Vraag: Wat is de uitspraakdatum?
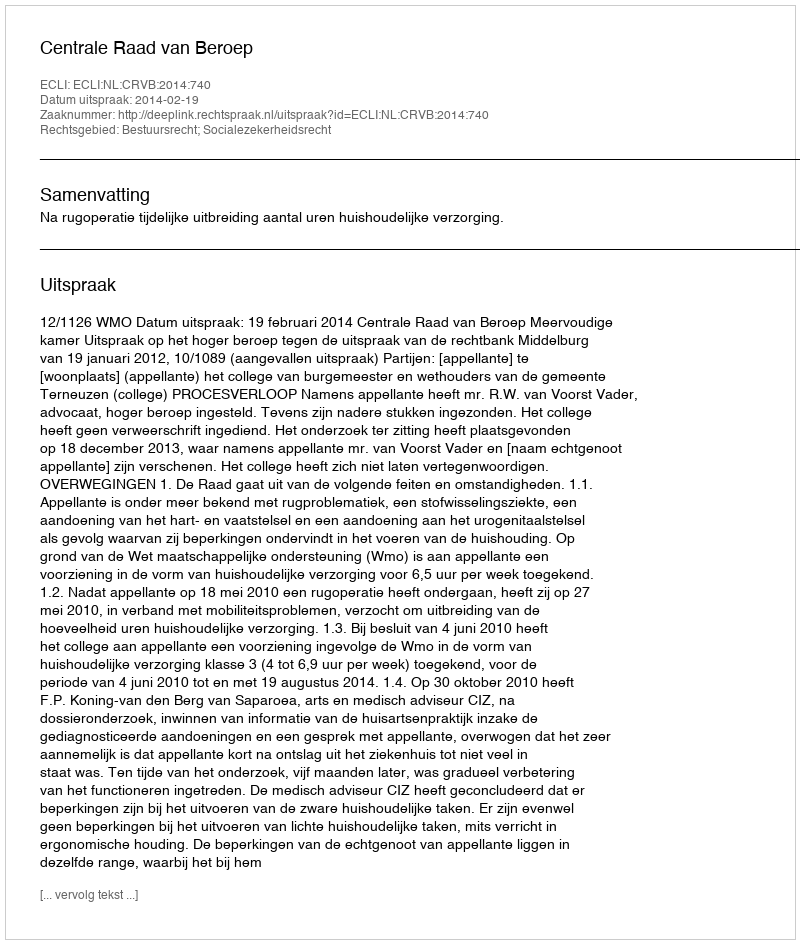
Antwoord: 2014-02-19